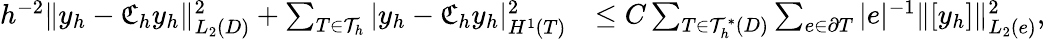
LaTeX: \begin{array}{rl}{h^{-2}\| y_{h}-\mathfrak{C}_{h}y_{h}\| _{L_{2}(D)}^{2}+\sum_{T\in\mathcal{T}_{h}}|y_{h}-\mathfrak{C}_{h}y_{h}|_{H^{1}(T)}^{2}}&{\le C\sum_{T\in\mathcal{T}_{h}^{\ast}(D)}\sum_{e\in\partial T}|e|^{-1}\| [y_{h}]\| _{L_{2}(e)}^{2},}\end{array}